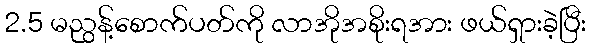
2.5 မညွန့်စောက်ပတ်ကို လာအိုအစိုးရအား ဖယ်ရှားခဲ့ပြီး